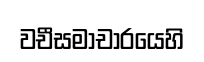
වචීසමාචාරයෙහි